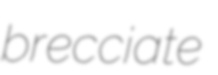
brecciate